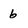
Character: 6